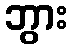
ဘွား